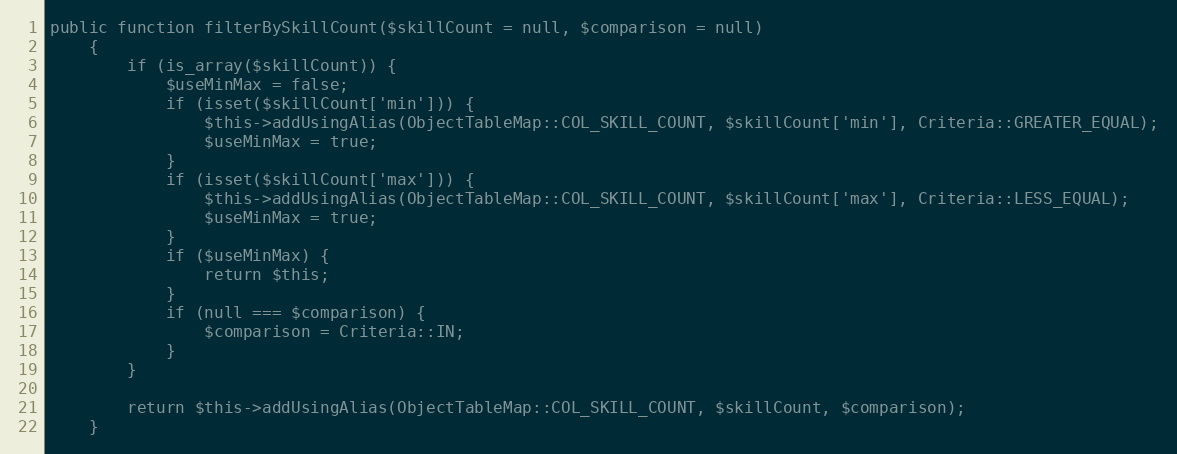
Language: PHP
public function filterBySkillCount($skillCount = null, $comparison = null)
    {
        if (is_array($skillCount)) {
            $useMinMax = false;
            if (isset($skillCount['min'])) {
                $this->addUsingAlias(ObjectTableMap::COL_SKILL_COUNT, $skillCount['min'], Criteria::GREATER_EQUAL);
                $useMinMax = true;
            }
            if (isset($skillCount['max'])) {
                $this->addUsingAlias(ObjectTableMap::COL_SKILL_COUNT, $skillCount['max'], Criteria::LESS_EQUAL);
                $useMinMax = true;
            }
            if ($useMinMax) {
                return $this;
            }
            if (null === $comparison) {
                $comparison = Criteria::IN;
            }
        }

        return $this->addUsingAlias(ObjectTableMap::COL_SKILL_COUNT, $skillCount, $comparison);
    }